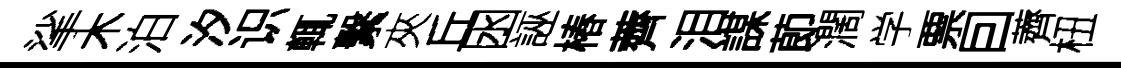
挲木泊汐识輒繫夾丘囦誣椿薺泪謀莭濶学票囙薺杻